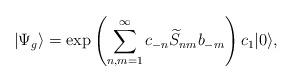
LaTeX: \begin{align*}|\Psi_g \rangle = \exp\left (\sum_{n,m=1}^{\infty} c_{-n} \widetilde{S}_{nm}b_{-m}\right )c_1|0\rangle,\end{align*}